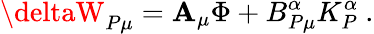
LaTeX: \deltaW_{P\mu}=\mathbf{A}_{\mu}\Phi+B_{P\mu}^{\alpha}K_{P}^{\alpha}\ .